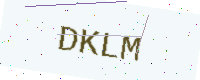
Text: DKLM